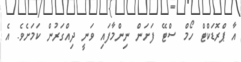
އާ ޕްރޮޑަކްޓް ހޯމް ސްޓޭ ފަށަން ނިންމާފައި ވަނީ ދިއްގަރުން ކަމަށެވެ. އެ